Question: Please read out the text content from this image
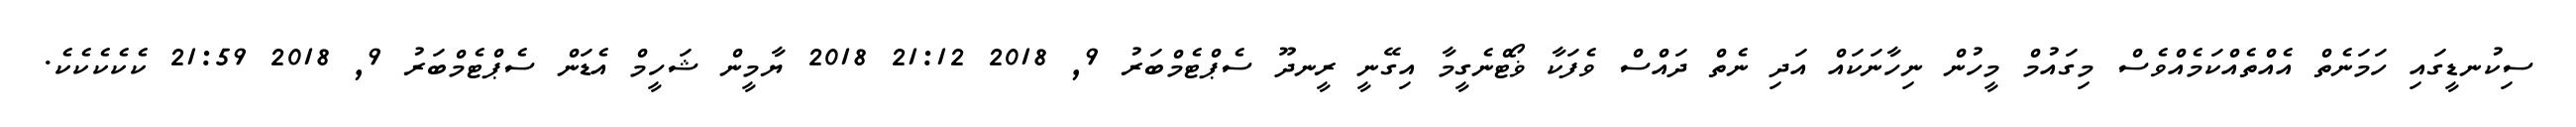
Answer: ސިކުނޑީގައި ހަމަނެތް އެއްތެއްކަމެއްވެސް މިގައުމް މީހުން ނިހާނަކައް އަދި ނެތް ދައްސް ވެފަކާ ޥޯޓްނެގީމާ އިގޭނީ ރީނދޫ ސެޕްޓެމްބަރު 9, 2018 21:12 2018 ޔާމީން ޝަހީމް އެޑަން ސެޕްޓެމްބަރު 9, 2018 21:59 ކެކެކެކެކެ.